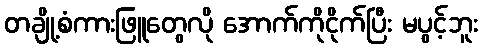
တချို့စံကားဖြူတွေလို အောက်ကိုငိုက်ပြီး မပွင့်ဘူး